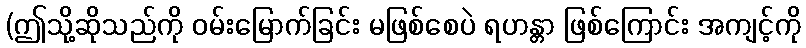
(ဤသို့ဆိုသည်ကို ဝမ်းမြောက်ခြင်း မဖြစ်စေပဲ ရဟန္တာ ဖြစ်ကြောင်း အကျင့်ကို